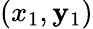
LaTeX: \left(x_{1},\mathbf{y}_{1}\right)